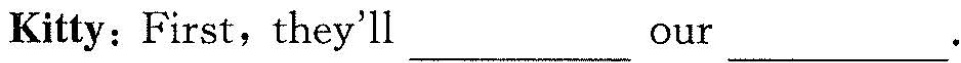
Kitty: First,they'll ___our ___.